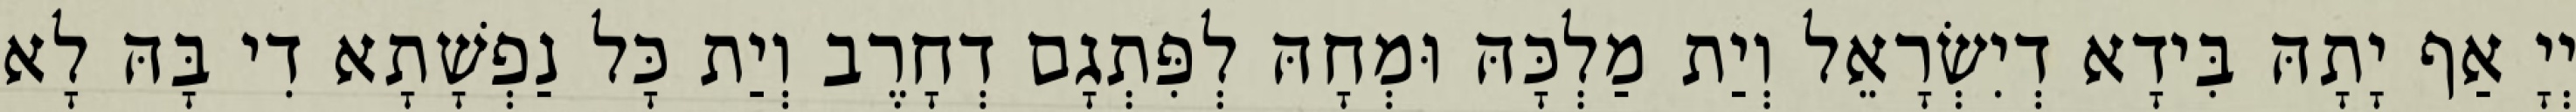
יְיָ אַף יָתָהּ בִּידָא דְיִשְׂרָאֵל וְיַת מַלְכָּהּ וּמְחָהּ לְפִּתְגָם דְחָרֶב וְיַת כָּל נַפְשָׁתָא דִי בָּהּ לָא